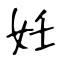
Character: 妊